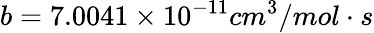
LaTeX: b=7.0041\times 10^{-11}cm^{3}/mol\cdot s